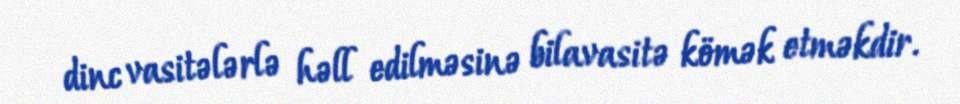
dinc vasitələrlə həll edilməsinə bilavasitə kömək etməkdir.